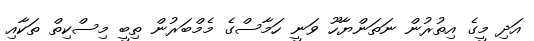
އަދި މީގެ އިތުރުން ނަތަންޔާހޫ ވަނީ ހަމާސްގެ މެމްބަރުން ތިބީ މިސްކިތް ތަކާއި